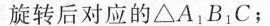
旋转后对应的△A_{1}B_{1}C；